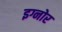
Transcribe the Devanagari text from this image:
इग्नोर